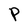
Character: P